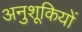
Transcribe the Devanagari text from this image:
अनुशूकियों